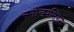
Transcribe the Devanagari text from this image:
समोखनसिंगने